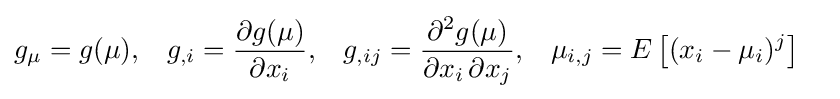
{\begin{aligned}g_{\mu }&=g(\mu ),&g_{,i}&={\frac {\partial g(\mu )}{\partial x_{i}}},&g_{,ij}&={\frac {\partial ^{2}g(\mu )}{\partial x_{i}\,\partial x_{j}}},&\mu _{i,j}&=E\left[(x_{i}-\mu _{i})^{j}\right]\end{aligned}}